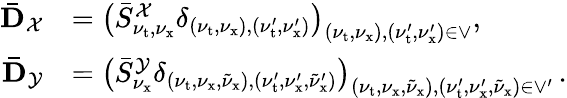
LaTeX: \begin{array}{rl}{\mathbf{\bar{D}}_{\mathcal{X}}}&{=\bigl(\bar{S}_{\nu_{\mathrm{t}},\nu_{\mathrm{x}}}^{\mathcal{X}}\delta_{(\nu_{\mathrm{t}},\nu_{\mathrm{x}}),(\nu_{\mathrm{t}}^{\prime},\nu_{\mathrm{x}}^{\prime})}\bigr)_{(\nu_{\mathrm{t}},\nu_{\mathrm{x}}),(\nu_{\mathrm{t}}^{\prime},\nu_{\mathrm{x}}^{\prime})\in\vee},}\\ {\mathbf{\bar{D}}_{\mathcal{Y}}}&{=\bigl(\bar{S}_{\nu_{\mathrm{x}}}^{\mathcal{Y}}\delta_{(\nu_{\mathrm{t}},\nu_{\mathrm{x}},\tilde{\nu}_{\mathrm{x}}),(\nu_{\mathrm{t}}^{\prime},\nu_{\mathrm{x}}^{\prime},\tilde{\nu}_{\mathrm{x}}^{\prime})}\bigr)_{(\nu_{\mathrm{t}},\nu_{\mathrm{x}},\tilde{\nu}_{\mathrm{x}}),(\nu_{\mathrm{t}}^{\prime},\nu_{\mathrm{x}}^{\prime},\tilde{\nu}_{\mathrm{x}})\in\vee^{\prime}}\, .}\end{array}